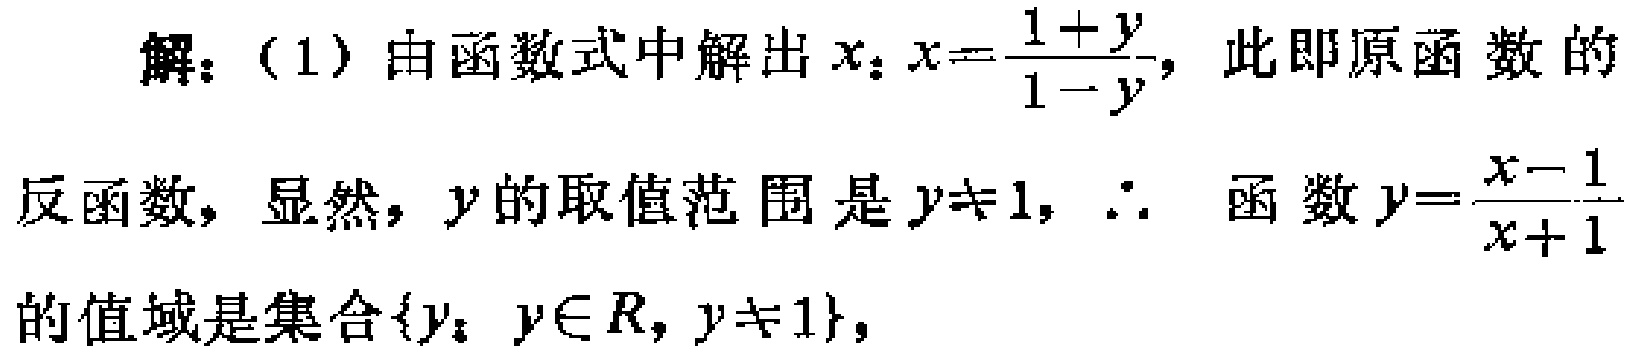
解：（1）由函数式中解出\(x\)：\(x = \frac{1 + y}{1 - y}\)，此即原函数的

反函数，显然，\(y\)的取值范围是\(y\neq1\)，\(\therefore\) 函数\(y = \frac{x - 1}{x + 1}\)

的值域是集合\(\{y：y\in R, y\neq1\}\)，